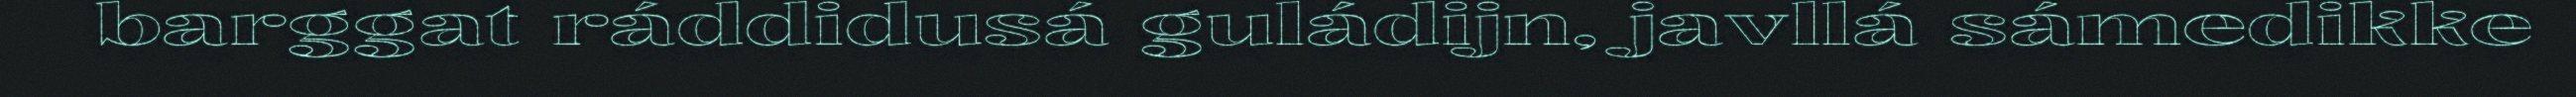
barggat ráddidusá guládijn, javllá sámedikke